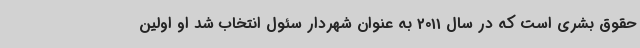
حقوق بشری است که در سال 2011 به عنوان شهردار سئول انتخاب شد او اولین